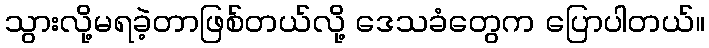
သွားလို့မရခဲ့တာဖြစ်တယ်လို့ ဒေသခံတွေက ပြောပါတယ်။